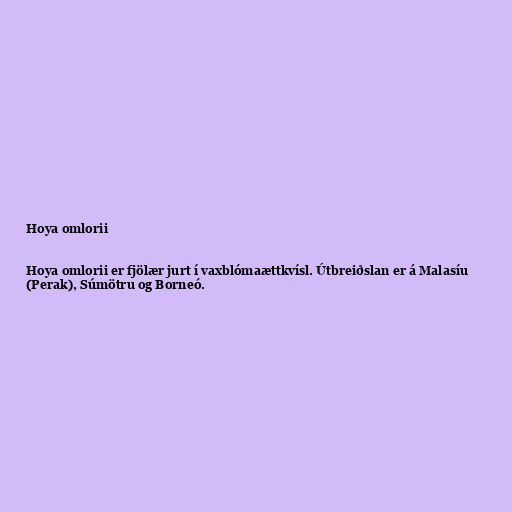
Hoya omlorii

Hoya omlorii er fjölær jurt í vaxblómaættkvísl. Útbreiðslan er á Malasíu
(Perak), Súmötru og Borneó.